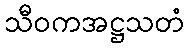
သီဝကအဋ္ဌသတံ